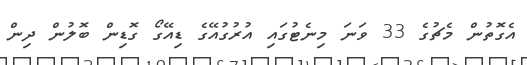
އެގޮތުން މެޗުގެ 33 ވަނަ މިނެޓުގައި އުރުގުއޭގެ ޑިއޭގޯ ގޮޑިން ބޮލުން ދިން